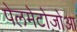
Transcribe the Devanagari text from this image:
पेलमेटोज़ोआ